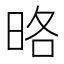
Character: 𭥵